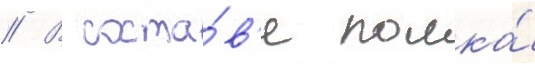
// В соста́в'е полка́